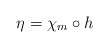
\begin{align*}\eta = \chi_m \circ h\end{align*}